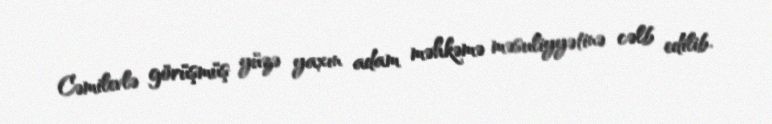
Cəmilevlə görüşmüş yüzə yaxın adam məhkəmə məsuliyyətinə cəlb edilib.